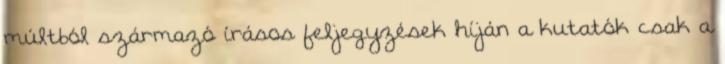
múltból származó írásos feljegyzések híján a kutatók csak a